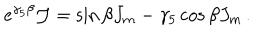
e ^ { \gamma _ { 5 } \beta } { \cal J } = \sin \beta J _ { m } - \gamma _ { 5 } \cos \beta J _ { m } \, .